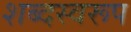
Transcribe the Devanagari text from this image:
शब्दस्वरूप